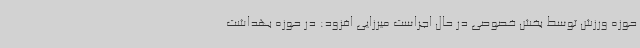
حوزه ورزش توسط بخش خصوصی در حال اجراست میرزایی افزود: در حوزه بهداشت